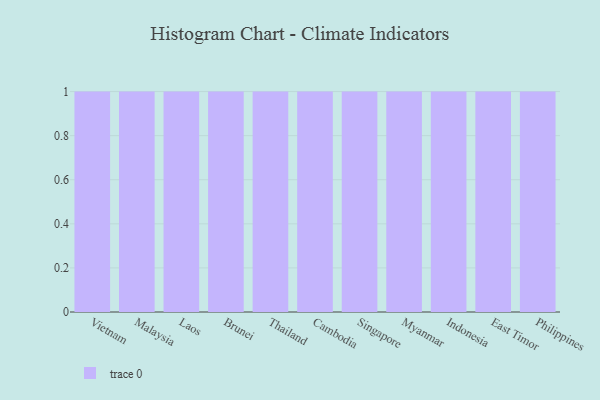
{"axis": {"x": "Country", "y": "Net Income (USD K)"}, "legend": [""], "data": [{"x": "Vietnam", "y": 77, "type": ""}, {"x": "Malaysia", "y": 37, "type": ""}, {"x": "Laos", "y": 32, "type": ""}, {"x": "Brunei", "y": 99, "type": ""}, {"x": "Thailand", "y": 67, "type": ""}, {"x": "Cambodia", "y": 48, "type": ""}, {"x": "Singapore", "y": 33, "type": ""}, {"x": "Myanmar", "y": 4, "type": ""}, {"x": "Indonesia", "y": 67, "type": ""}, {"x": "East Timor", "y": 43, "type": ""}, {"x": "Philippines", "y": 6, "type": ""}]}